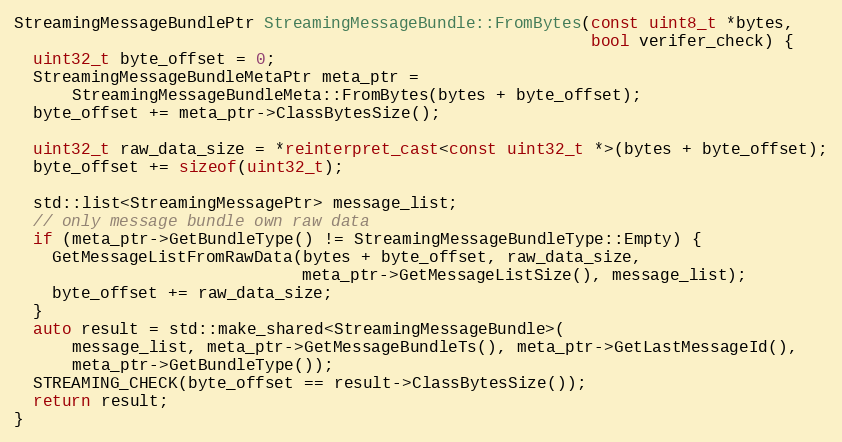
Language: C++
StreamingMessageBundlePtr StreamingMessageBundle::FromBytes(const uint8_t *bytes,
                                                            bool verifer_check) {
  uint32_t byte_offset = 0;
  StreamingMessageBundleMetaPtr meta_ptr =
      StreamingMessageBundleMeta::FromBytes(bytes + byte_offset);
  byte_offset += meta_ptr->ClassBytesSize();

  uint32_t raw_data_size = *reinterpret_cast<const uint32_t *>(bytes + byte_offset);
  byte_offset += sizeof(uint32_t);

  std::list<StreamingMessagePtr> message_list;
  // only message bundle own raw data
  if (meta_ptr->GetBundleType() != StreamingMessageBundleType::Empty) {
    GetMessageListFromRawData(bytes + byte_offset, raw_data_size,
                              meta_ptr->GetMessageListSize(), message_list);
    byte_offset += raw_data_size;
  }
  auto result = std::make_shared<StreamingMessageBundle>(
      message_list, meta_ptr->GetMessageBundleTs(), meta_ptr->GetLastMessageId(),
      meta_ptr->GetBundleType());
  STREAMING_CHECK(byte_offset == result->ClassBytesSize());
  return result;
}